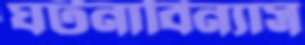
ঘটনাবিন্যাস